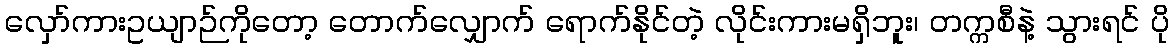
လှော်ကားဥယျာဉ်ကိုတော့ တောက်လျှောက် ရောက်နိုင်တဲ့ လိုင်းကားမရှိဘူး၊ တက္ကစီနဲ့ သွားရင် ပို